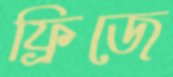
ফ্রিজে